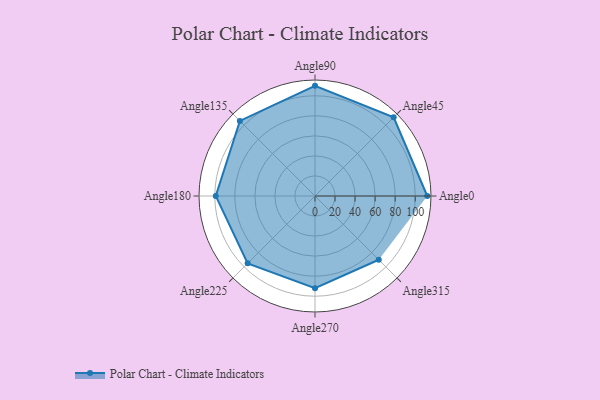
{"axis": {"x": "Angle", "y": "Radius"}, "legend": [""], "data": [{"x": "Angle0", "y": 112.0, "type": ""}, {"x": "Angle45", "y": 111.0, "type": ""}, {"x": "Angle90", "y": 110.0, "type": ""}, {"x": "Angle135", "y": 106.0, "type": ""}, {"x": "Angle180", "y": 99.0, "type": ""}, {"x": "Angle225", "y": 95.0, "type": ""}, {"x": "Angle270", "y": 92.0, "type": ""}, {"x": "Angle315", "y": 90.0, "type": ""}]}